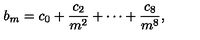
b _ { m } = c _ { 0 } + \frac { c _ { 2 } } { m ^ { 2 } } + \cdots + \frac { c _ { 8 } } { m ^ { 8 } } ,